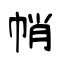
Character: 帩